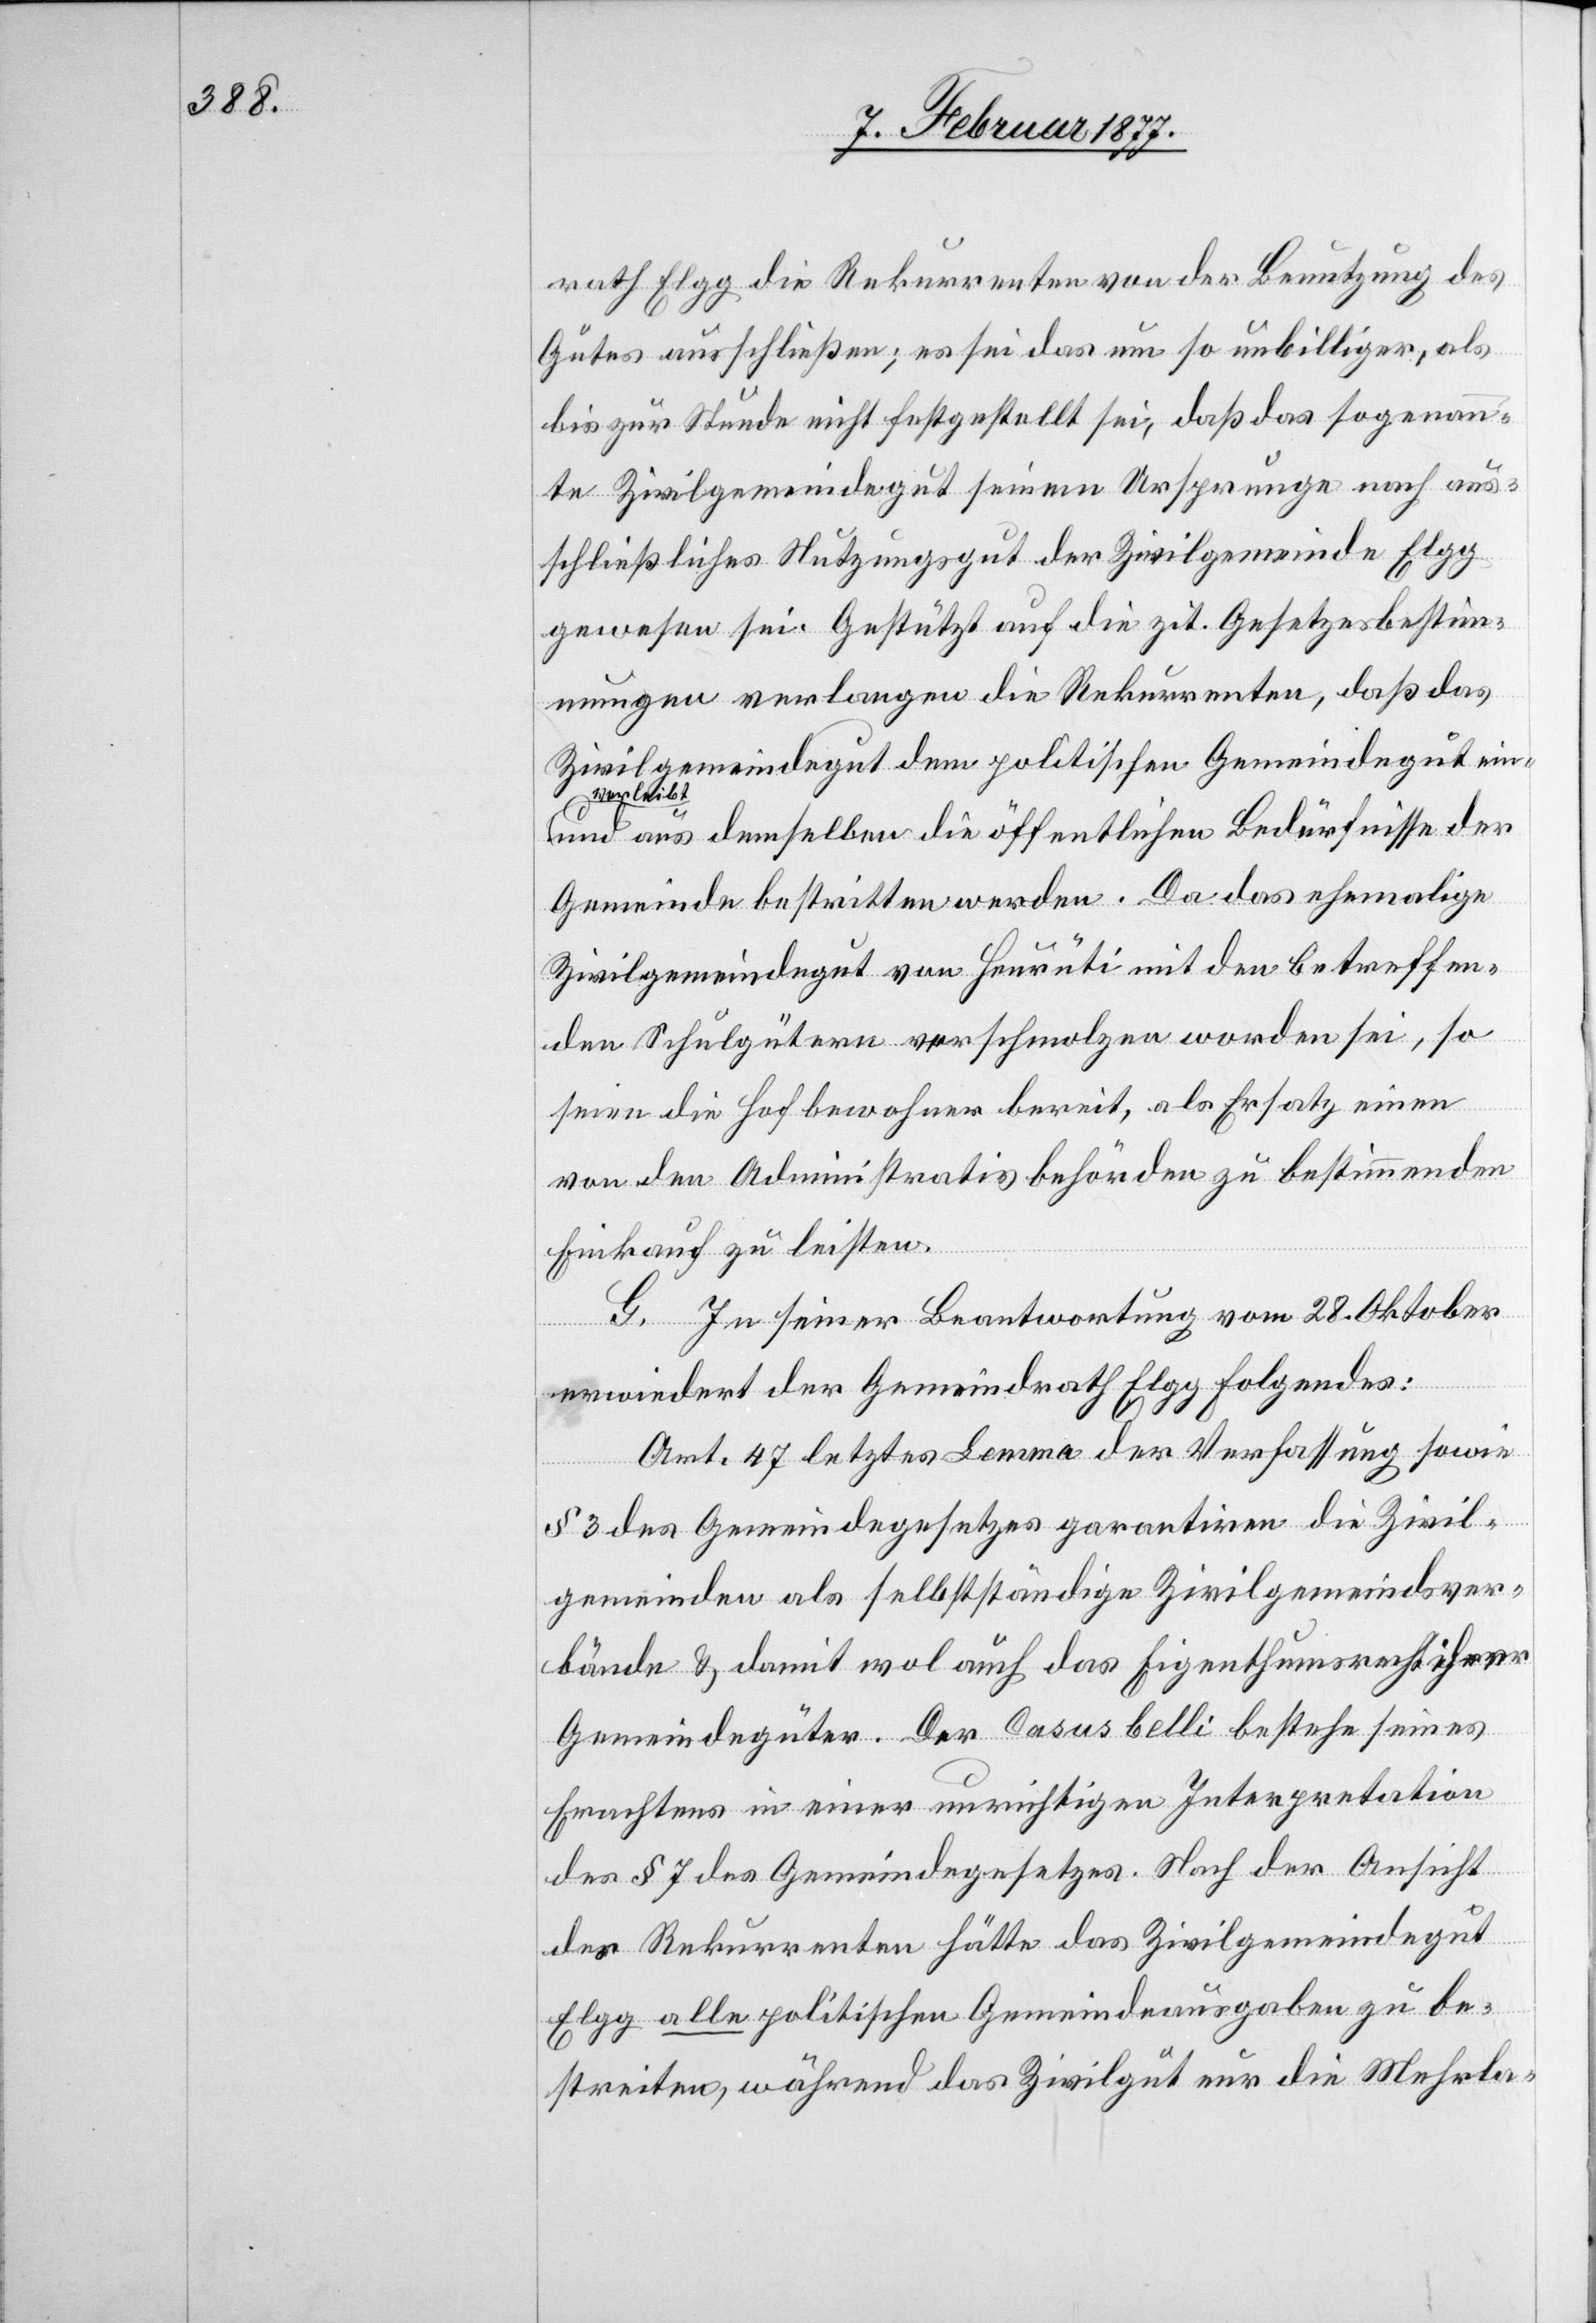
rath Elgg die Rekurrenten von der Benutzung des
Gutes ausschließen; es sei das um so unbilliger, als
bis zur Stunde nicht festgestellt sei, daß das sogenann¬
te Zivilgemeindegut seinem Ursprunge nach aus¬
schließliches Nutzungsgut der Zivilgemeinde Elgg
gewesen sei. Gestützt auf die zit. Gesetzesbestim¬
mungen verlangen die Rekurrenten, daß das
Zivilgemeindegut dem politischen Gemeindegut ein¬
verleibt
und aus demselben die öffentlichen Bedürfnisse der
Gemeinde bestritten werden. Da das ehemalige
Zivilgemeindegut von Heurüti mit den betreffen¬
den Schulgütern verschmolzen worden sei, so
seien die Hofbewohner bereit, als Ersatz einen
von den Administrativbehörden zu bestimmenden
Einkauf zu leisten.
G. In seiner Beantwortung vom 28. Oktober
erwiedert der Gemeindrath Elgg Folgendes:
Art. 47 letztes Lemma der Verfassung sowie
§ 3 des Gemeindegesetzes garantiren die Zivil¬
gemeinden als selbstständige Zivilgemeindsver¬
bände & damit wol auch das Eigenthumsrecht ihrer
Gemeindegüter. Der Casus belli bestehe seines
Erachtens in einer unrichtigen Interpretation
des § 7 des Gemeindegesetzes. Nach der Ansicht
der Rekurrenten hätte das Zivilgemeindegut
Elgg alle politischen Gemeindeausgaben zu be¬
streiten, während das Zivilgut nur die Mehrla-